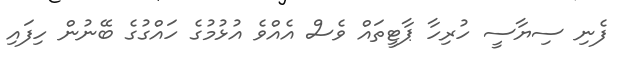
ފެނި ސިޔާސީ ހުރިހާ ޕާޓީތައް ވެސް އެއްވެ އުޅުމުގެ ހައްގުގެ ބޭނުން ހިފައި